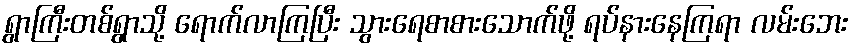
ရွာကြီးတစ်ရွာသို့ ရောက်လာကြပြီး သွားရေစာစားသောက်ဖို့ ရပ်နားနေကြရာ လမ်းဘေး